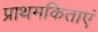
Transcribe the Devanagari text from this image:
प्राथमकिताएं